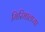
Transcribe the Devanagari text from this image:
गिरिमालप्या